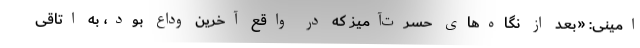
امینی: «بعد از نگاه‌های حسرت‌آمیز که در واقع آخرین وداع بود، به اتاقی